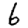
Digit: 6